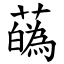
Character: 蘤